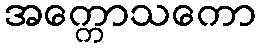
အက္ကောသကော